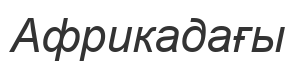
Африкадағы